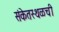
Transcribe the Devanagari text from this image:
संकेतस्थळची